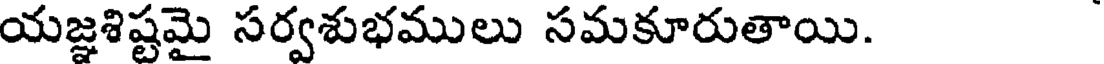
యజ్ఞశిష్టమై సర్వశుభములు సమకూరుతాయి.